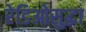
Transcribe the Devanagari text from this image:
रेडिओसुद्धा